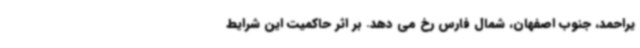
یراحمد، جنوب اصفهان، شمال فارس رخ می دهد. بر اثر حاکمیت این شرایط